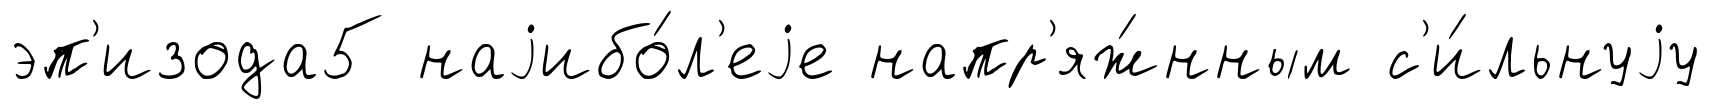
эп'изода5 наjибо́л'еjе напр'яж́нным с'и́льнуjу